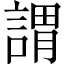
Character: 謂